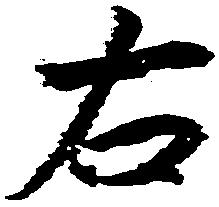
右